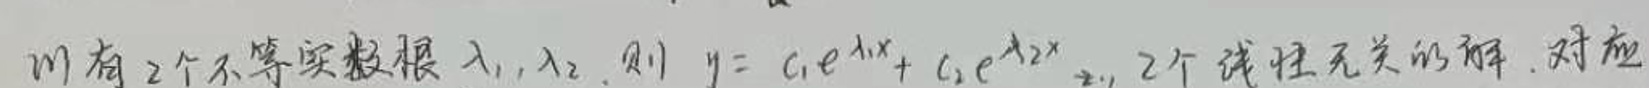
若有 2 个不等实数根 $\lambda_1,\lambda_2$, 则 $y = c_1e^{\lambda_1x}+c_2e^{\lambda_2x}$ 为 2 个线性无关的解. 对应